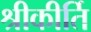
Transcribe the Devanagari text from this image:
श्रीकीर्ति